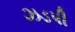
ઝડપી